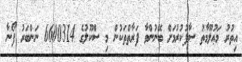
އިތުރު މަޢުލޫމާތު ސާފުކުރުމަށް ބޭނުންވާ ފަރާތްތަކުން މި ސްކޫލުގެ 6600314 ނަންބަރު ފޯނާ